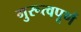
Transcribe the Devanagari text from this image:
गुरूत्वपूर्ण